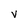
Character: V